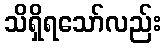
သိရှိရသော်လည်း